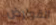
القوارض